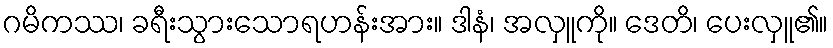
ဂမိကဿ၊ ခရီးသွားသောရဟန်းအား။ ဒါနံ၊ အလှူကို။ ဒေတိ၊ ပေးလှူ၏။